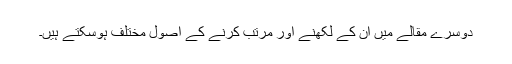
دوسرے مقالے میں ان کے لکھنے اور مرتب کرنے کے اصول مختلف ہوسکتے ہیں۔